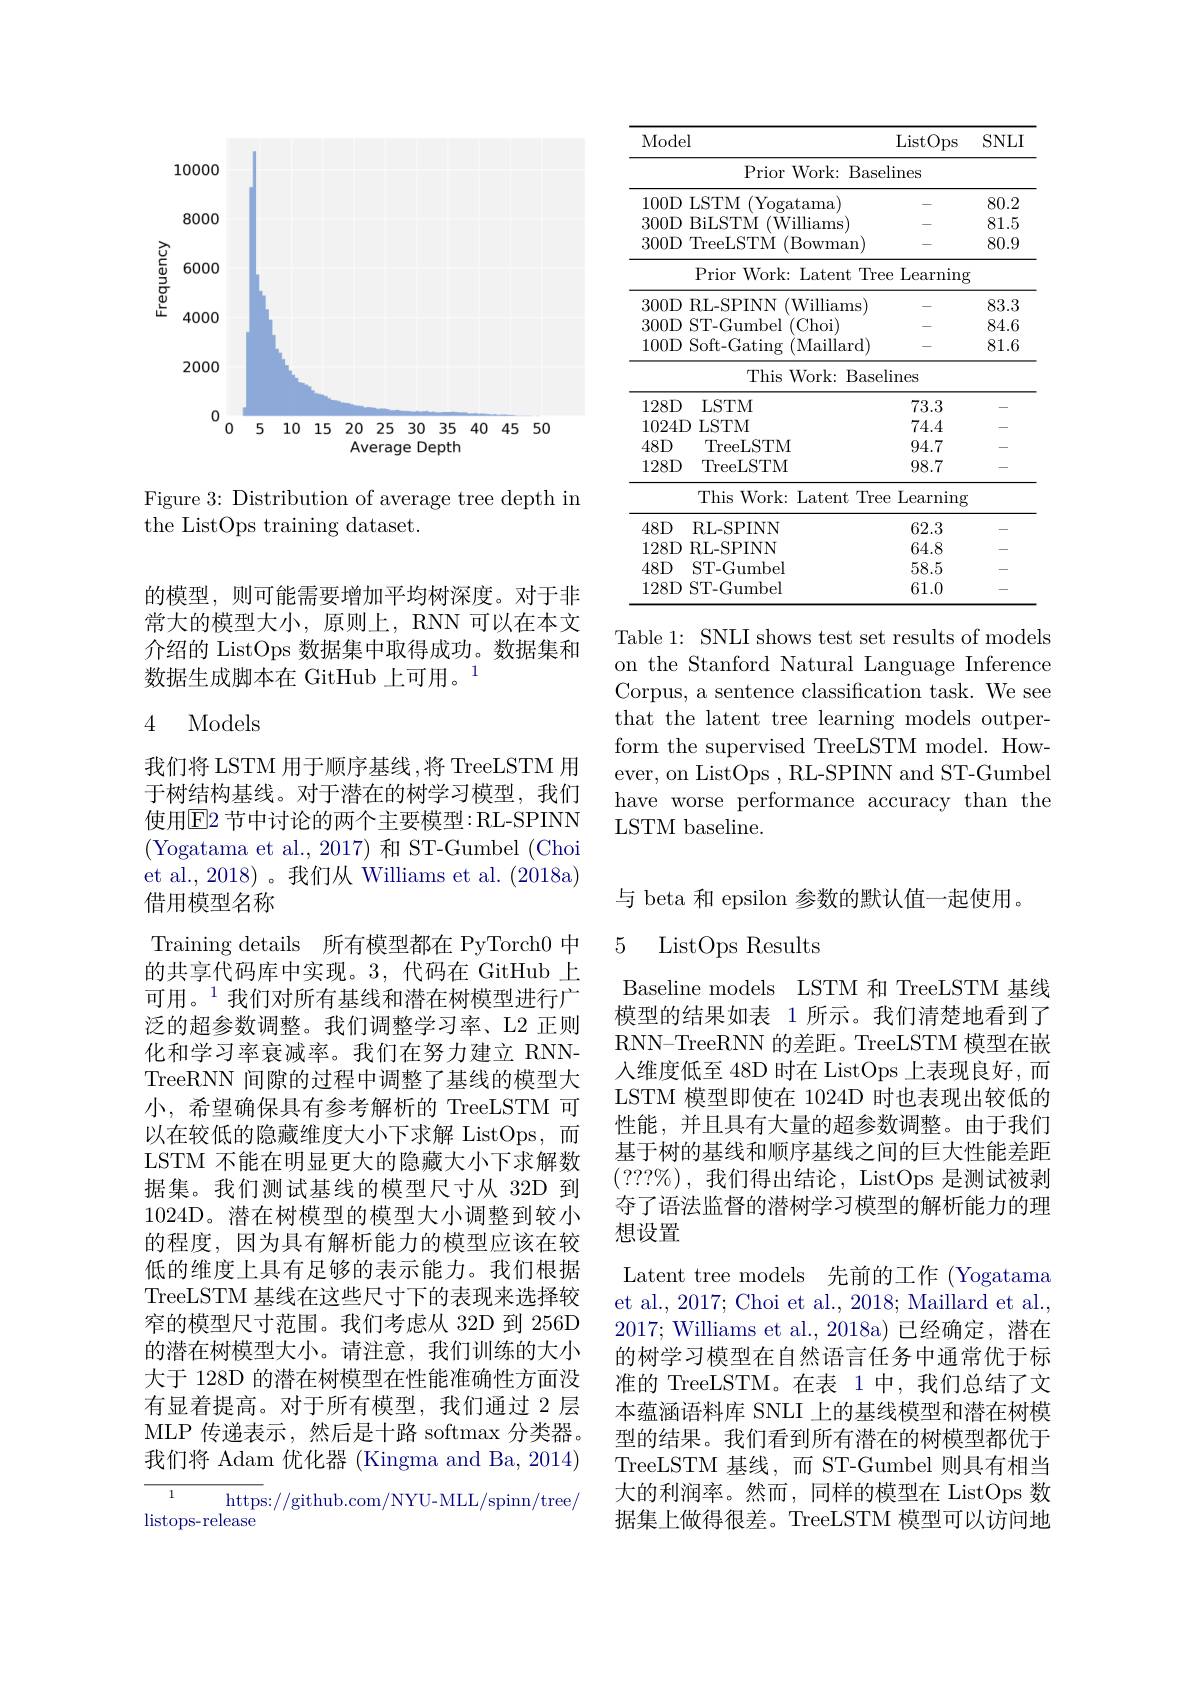
<FigureHere>

Figure 3: Distribution of average tree depth in
the ListOps training dataset.

的模型，则可能需要增加平均树深度。对于非常大的模型大小，原则上，RNN 可以在本文介绍的 ListOps 数据集中取得成功。数据集和数据生成脚本在 GitHub 上可用。$^{1}$

## 4 Models

我们将 LSTM 用于顺序基线 ,将 TreeLSTM 用于树结构基线。对于潜在的树学习模型，我们使用$\overline{\mathrm{E}}$2 节中讨论的两个主要模型：RL-SPINN (Yogatama et al., 2017)和 ST-Gumbel (Choi et al., 2018)。我们从 Williams et al. (2018a) 借用模型名称
Training details 所有模型都在 PyTorch0 中的共享代码库中实现。3,代码在 GitHub 上可用。$^{1}$我们对所有基线和潜在树模型进行广泛的超参数调整。我们调整学习率、L2 正则化和学习率衰减率。我们在努力建立 RNNTreeRNN 间隙的过程中调整了基线的模型大小，希望确保具有参考解析的 TreeLSTM 可以在较低的隐藏维度大小下求解 ListOps,而LSTM 不能在明显更大的隐藏大小下求解数据集。我们测试基线的模型尺寸从 32D 到1024D。潜在树模型的模型大小调整到较小的程度，因为具有解析能力的模型应该在较低的维度上具有足够的表示能力。我们根据TreeLSTM 基线在这些尺寸下的表现来选择较窄的模型尺寸范围。我们考虑从 32D 到 256D 的潜在树模型大小。请注意，我们训练的大小大于 128D 的潜在树模型在性能准确性方面没有显着提高。对于所有模型，我们通过 2 层MLP 传递表示，然后是十路 softmax 分类器。我们将 Adam 优化器 (Kingma and Ba, 2014) 1
https://github.com/NYU-MLL/spinn/tree/
listops-release

<table>
	<tbody>
		<tr>
			<th>Model</th>
			<th> </th>
			<th>ListOps</th>
			<th>$SNLI$</th>
		</tr>
		<tr>
			<td> </td>
			<td>Prior Work: Baselit</td>
			<td>ines</td>
			<td> </td>
		</tr>
		<tr>
			<td>$100D$</td>
			<td>LSTM (Yogatama</td>
			<td> </td>
			<td>80.2</td>
		</tr>
		<tr>
			<td>$300D$</td>
			<td>(Williams BiLSTM</td>
			<td> </td>
			<td>81.5</td>
		</tr>
		<tr>
			<td>$300D$</td>
			<td>TreeLSTM (Bowman)</td>
			<td> </td>
			<td>80.9</td>
		</tr>
		<tr>
			<td> </td>
			<td>Prior Work: Latent Tree</td>
			<td>Learning</td>
			<td> </td>
		</tr>
		<tr>
			<td>$300D$</td>
			<td>RL-SPINN (Williams</td>
			<td> </td>
			<td>83.3</td>
		</tr>
		<tr>
			<td>$300D$</td>
			<td>ST-Gumbel (Choi)</td>
			<td> </td>
			<td>84.6</td>
		</tr>
		<tr>
			<td>$100D$</td>
			<td>Soft-Gating (Maillard)</td>
			<td> </td>
			<td>81.6</td>
		</tr>
		<tr>
			<td> </td>
			<td>This Work: Baselin</td>
			<td>neS</td>
			<td> </td>
		</tr>
		<tr>
			<td>$128D$</td>
			<td>LSTM</td>
			<td>73.3</td>
			<td>-</td>
		</tr>
		<tr>
			<td>1024D</td>
			<td>LSTM</td>
			<td>74.4</td>
			<td>-</td>
		</tr>
		<tr>
			<td>$48D$</td>
			<td>TreeLSTM</td>
			<td>94.7</td>
			<td>-</td>
		</tr>
		<tr>
			<td rowspan="2">$128D$</td>
			<td>TreeLSTM</td>
			<td>98.7</td>
			<td>-</td>
		</tr>
		<tr>
			<td>This Work: Latent t Tree</td>
			<td>$\operatorname{Learning}$</td>
			<td> </td>
		</tr>
		<tr>
			<td>$48D$</td>
			<td>RL- SPINN</td>
			<td>62.3</td>
			<td>- </td>
		</tr>
		<tr>
			<td>$128D$</td>
			<td>RL-SPINN</td>
			<td>64.8</td>
			<td>L</td>
		</tr>
		<tr>
			<td>$48D$</td>
			<td>ST- Gumbel</td>
			<td>58.5</td>
			<td>-</td>
		</tr>
		<tr>
			<td>$128D$</td>
			<td>ST-Gumbel</td>
			<td>61.0</td>
			<td>-</td>
		</tr>
	</tbody>
</table>

Table 1: SNLI shows test set results of models on the Stanford Natural Language Inference Corpus, a sentence classification task. We see that the latent tree learning models outperform the supervised TreeLSTM model. However, on ListOps , RL-SPINN and ST-Gumbel have worse performance accuracy than the LSTM baseline.

与 beta 和 epsilon 参数的默认值一起使用。

5 ListOps Results

Baseline models LSTM 和 TreeLSTM 基线模型的结果如表 1 所示。我们清楚地看到了RNN-TreeRNN 的差距。TreeLSTM 模型在嵌人维度低至 48D 时在 ListOps 上表现良好，而LSTM 模型即使在 1024D 时也表现出较低的性能，并且具有大量的超参数调整。由于我们基于树的基线和顺序基线之间的巨大性能差距( ? ? ? $\%$) , 我 们 得 出 结 论 , ListOps 是 测 试 被 剥 夺了语法监督的潜树学习模型的解析能力的理想设置
Latent tree models 先前的工作 (Yogatama et al., 2017; Choi et al., 2018; Maillard et al., 2017; Williams et al., 2018a)已经确定，潜在的树学习模型在自然语言任务中通常优于标准的 TreeLSTM。在表 1 中，我们总结了文本蕴涵语料库 SNLI 上的基线模型和潜在树模型的结果。我们看到所有潜在的树模型都优于TreeLSTM 基线，而 ST-Gumbel 则具有相当大的利润率。然而，同样的模型在 ListOps 数据集上做得很差。TreeLSTM 模型可以访问地